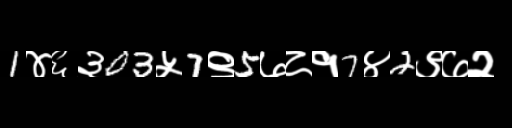
Text: 1४६३03५7९5७८१7४2९७२